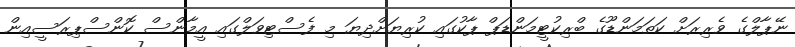
ނޭޕާލްގެ ވެރިރަށް ކަތަމަންޑޫގެ ބްރިކުޓީމަންޑަޕް ޕާކުގައި ކުރިޔަށްދިޔަ މި ފެސްޓިވަލްގައި އީމާންސް ކޮންސްޕިރަސީއިން